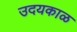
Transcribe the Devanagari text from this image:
उदयकाळ